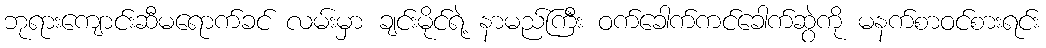
ဘုရားကျောင်းဆီမရောက်ခင် လမ်းမှာ ချင်းမိုင်ရဲ့ နာမည်ကြီး ဝက်ခေါက်ကင်ခေါက်ဆွဲကို မနက်စာဝင်စားရင်း